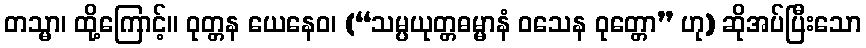
တသ္မာ၊ ထို့ကြောင့်။ ဝုတ္တန ယေနေဝ၊ (“သမ္ပယုတ္တဓမ္မာနံ ဝသေန ဝုတ္တော” ဟု) ဆိုအပ်ပြီးသော